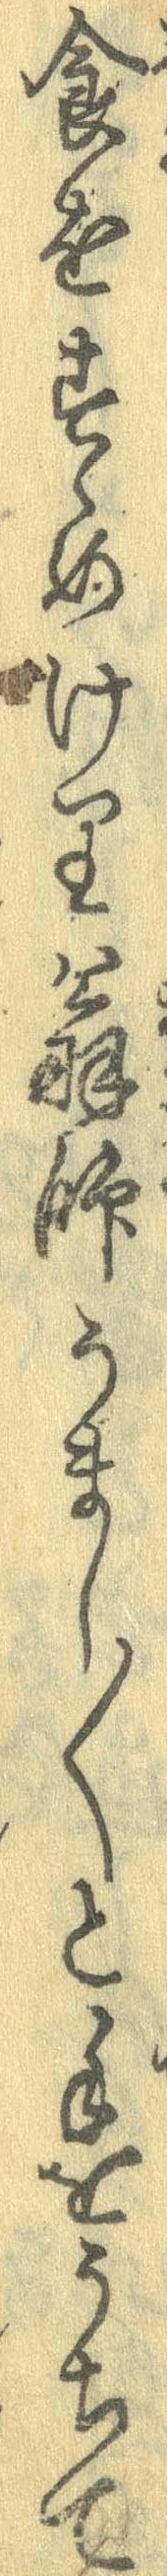
食をすゝめけり翁師うまし〱と手をうちて